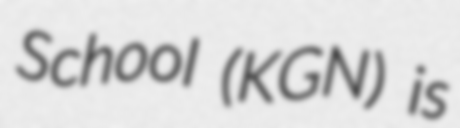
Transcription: School (KGN) is